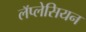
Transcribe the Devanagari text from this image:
लॅप्लेसियन